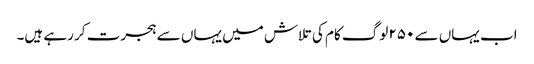
اب یہاں سے ۲۵۰ لوگ کام کی تلاش میں یہاں سے ہجرت کر رہے ہیں۔